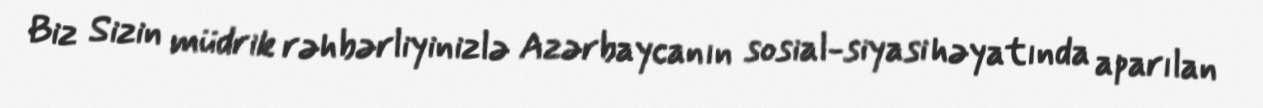
Biz Sizin müdrik rəhbərliyinizlə Azərbaycanın sosial-siyasi həyatında aparılan